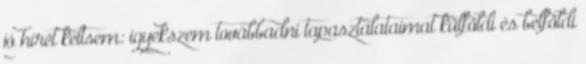
jó hírét keltsem: igyekszem továbbadni tapasztalataimat külföldi és belföldi